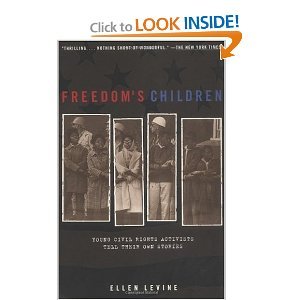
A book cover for Freedom's Children: Young Civil Rights Activists Tell Their Own Stories; Ellen Levine; Teen & Young Adult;